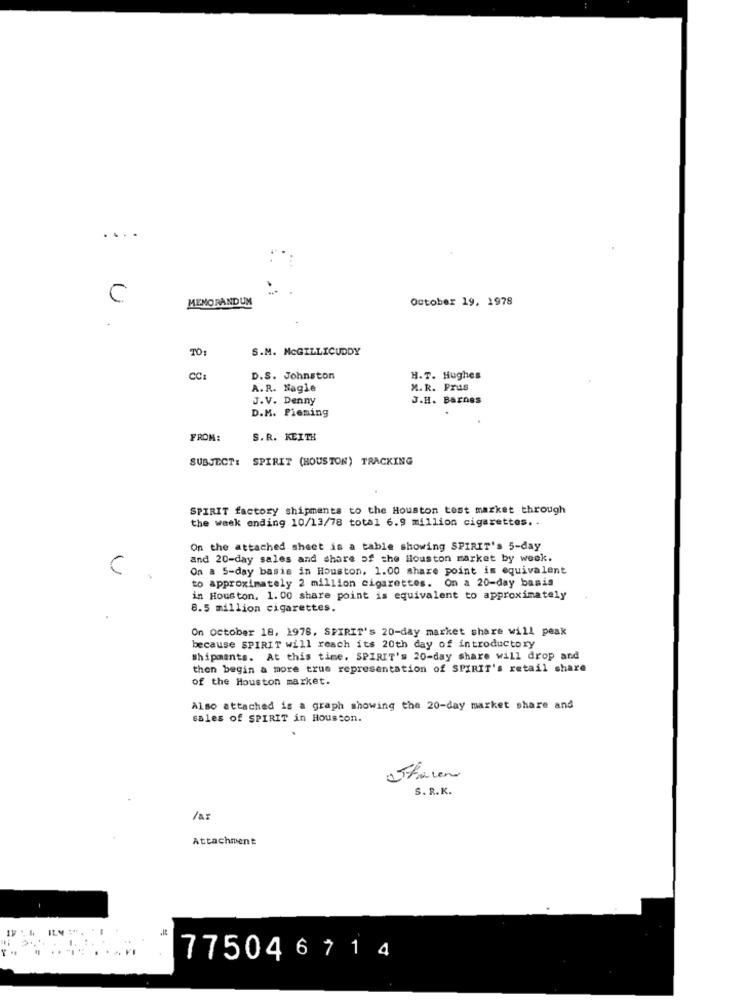
....
C
MEMORANDUM
October 19, 1978
TO:
S.M. MCGILLICUDDY
CC:
D.S. Johnston
H.T. Hughes
A.R. Nagle
M. R. Prus
J. V. Denny
J.H. Barnes
D.M. Pieming
FROM:
S.R. KEITH
SUBJECT:
SPIRIT (HOUSTON) TRACKING
SPIRIT factory shipments to the Houston test market through
the week ending 10/13/78 total 6.9 million cigarettes. .
On the attached sheet is a table showing SPIRIT's 5-day
and 20-day sales and share of the Houston market by week.
C
On a 5-day basis in Houston, 1.00 share point is equivalent
to approximately 2 million cigarettes. On a 20-day basis
in Houston, 1. 00 share point is equivalent to approximately
8.5 million cigarettes.
On October 18, 1978, SPIRIT's 20-day market share will peak
because SPIRIT will reach its 20th day of introductory
Shipments. At this time. SPIRIT'# 20-day share will drop and
then begin a more true representation of SPIRIT's retail share
of the Houston market.
Also attached is a graph showing the 20-day market share and
sales of SPIRIT in Houston.
S. R.K.
/a:
Attachment
775046714